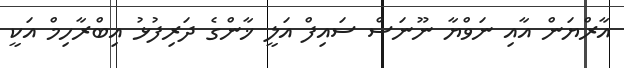
އާރްޔަން އާއި ނަވްޔާ ނޫނަސް ސައިފް އަލީ ޚާންގެ ދަރިފުޅު އިބްރާހިމް އަކީ